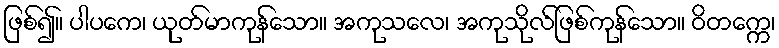
ဖြစ်၍။ ပါပကေ၊ ယုတ်မာကုန်သော။ အကုသလေ၊ အကုသိုလ်ဖြစ်ကုန်သော။ ဝိတက္ကေ၊